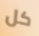
كل